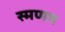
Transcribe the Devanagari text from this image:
स्मणय